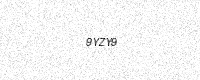
Text: 9YZY9